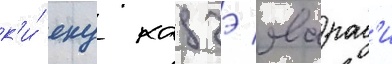
к'и́ еку кадзэ явараг'и